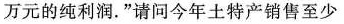
万元的纯利润.”请问今年土特产销售至少